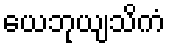
ယေဘုယျသိကံ